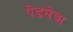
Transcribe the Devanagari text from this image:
पेंडसेंचा